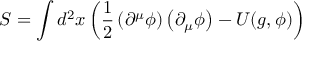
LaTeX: S = \int d ^ { 2 } x \left( \frac { 1 } { 2 } \left( \partial ^ { \mu } \phi \right) \left( \partial _ { \mu } \phi \right) - U ( g , \phi ) \right)